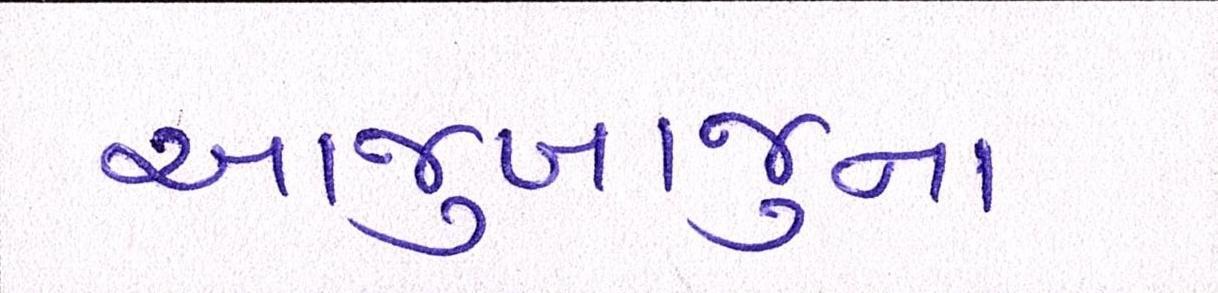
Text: આજુબાજુના